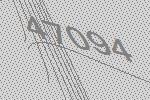
47094